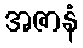
အဇာနံ